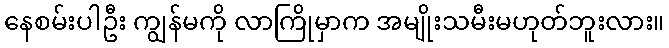
နေစမ်းပါဦး ကျွန်မကို လာကြိုမှာက အမျိုးသမီးမဟုတ်ဘူးလား။